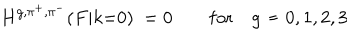
LaTeX: H ^ { g , \pi ^ { + } , \pi ^ { - } } ( F | k { = } 0 ) \ = 0 \qquad \mathrm { f o r } \quad g \neq 0 , 1 , 2 , 3